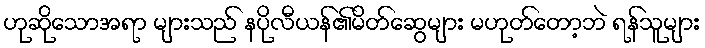
ဟုဆိုသောအရာ များသည် နပိုလီယန်၏မိတ်ဆွေများ မဟုတ်တော့ဘဲ ရန်သူများ